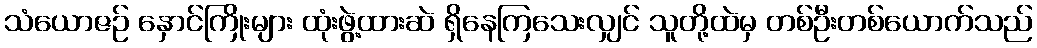
သံယောဇဉ် နှောင်ကြိုးများ ထုံးဖွဲ့ထားဆဲ ရှိနေကြသေးလျှင် သူတို့ထဲမှ တစ်ဦးတစ်ယောက်သည်